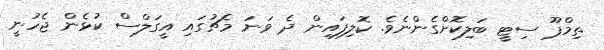
ތިމްޕޫ ސިޓީ ބަލިކޮށްގެންނެވެ. ކޮލިފައިން ދެ ވަނަ މެޗުގައި އީގަލްސް ކުޅެން ޖެހުނީ